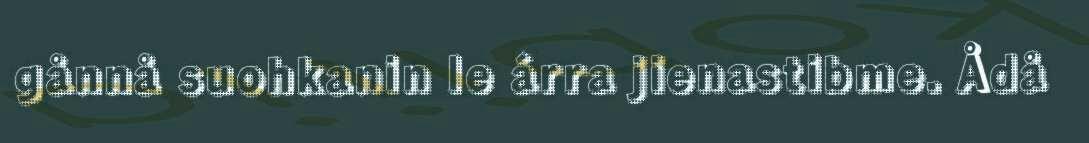
gånnå suohkanin le árra jienastibme. Ådå